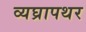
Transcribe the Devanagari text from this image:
व्यघ्रापथर